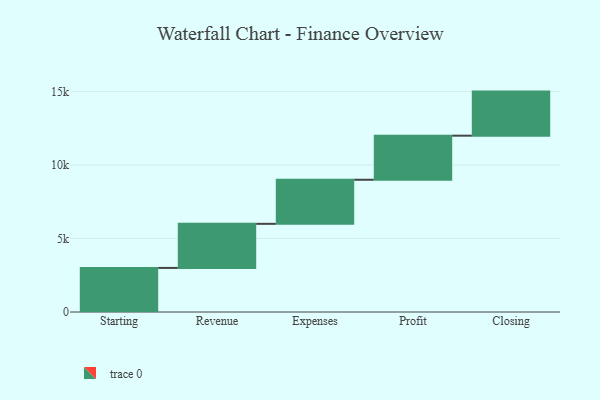
{"axis": {"x": "Step", "y": "Value"}, "legend": [""], "data": [{"x": "Starting", "y": 3000, "type": ""}, {"x": "Revenue", "y": 3000, "type": ""}, {"x": "Expenses", "y": 3000, "type": ""}, {"x": "Profit", "y": 3000, "type": ""}, {"x": "Closing", "y": 3000, "type": ""}]}